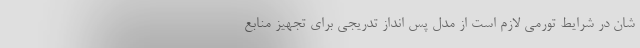
شان در شرایط تورمی لازم است از مدل پس انداز تدریجی برای تجهیز منابع